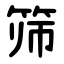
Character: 筛